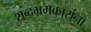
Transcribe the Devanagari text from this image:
शब्दभ्रमकारांना